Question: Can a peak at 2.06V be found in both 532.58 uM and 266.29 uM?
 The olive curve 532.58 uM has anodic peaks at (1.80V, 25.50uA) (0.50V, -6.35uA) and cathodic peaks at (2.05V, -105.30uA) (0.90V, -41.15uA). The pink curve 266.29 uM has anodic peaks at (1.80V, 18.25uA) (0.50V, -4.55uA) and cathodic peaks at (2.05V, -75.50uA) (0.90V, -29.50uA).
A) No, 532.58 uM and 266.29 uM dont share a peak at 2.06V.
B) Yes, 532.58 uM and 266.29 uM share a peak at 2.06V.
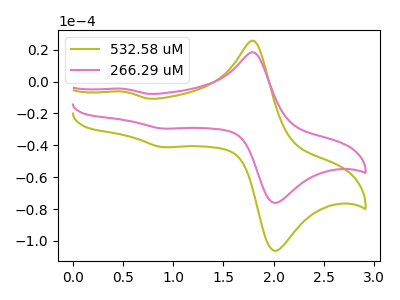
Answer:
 <answer>B) Yes, "532.58 uM" and "266.29 uM" share a peak at 2.06V.</answer>
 <eval>B</eval>